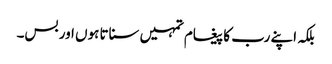
بلکہ اپنے رب کا پیغام تمہیں سناتا ہوں اور بس۔